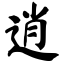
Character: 逍